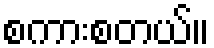
စကားစတယ်။